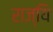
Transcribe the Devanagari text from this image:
राज्यि